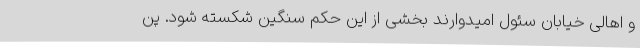
و اهالی خیابان سئول امیدوارند بخشی از این حکم سنگین شکسته شود. پن